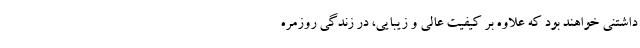
داشتنی خواهند بود که علاوه بر کیفیت عالی و زیبایی، در زندگی روزمره